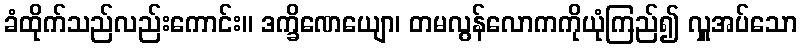
ခံထိုက်သည်လည်းကောင်း။ ဒက္ခိဏေယျော၊ တမလွန်လောကကိုယုံကြည်၍ လှူအပ်သော